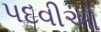
પદવીઓ